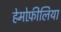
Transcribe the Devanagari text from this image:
हेमोफ़ीलिया